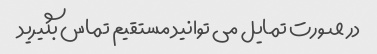
در صورت تمایل می توانید مستقیم تماس بگیرید